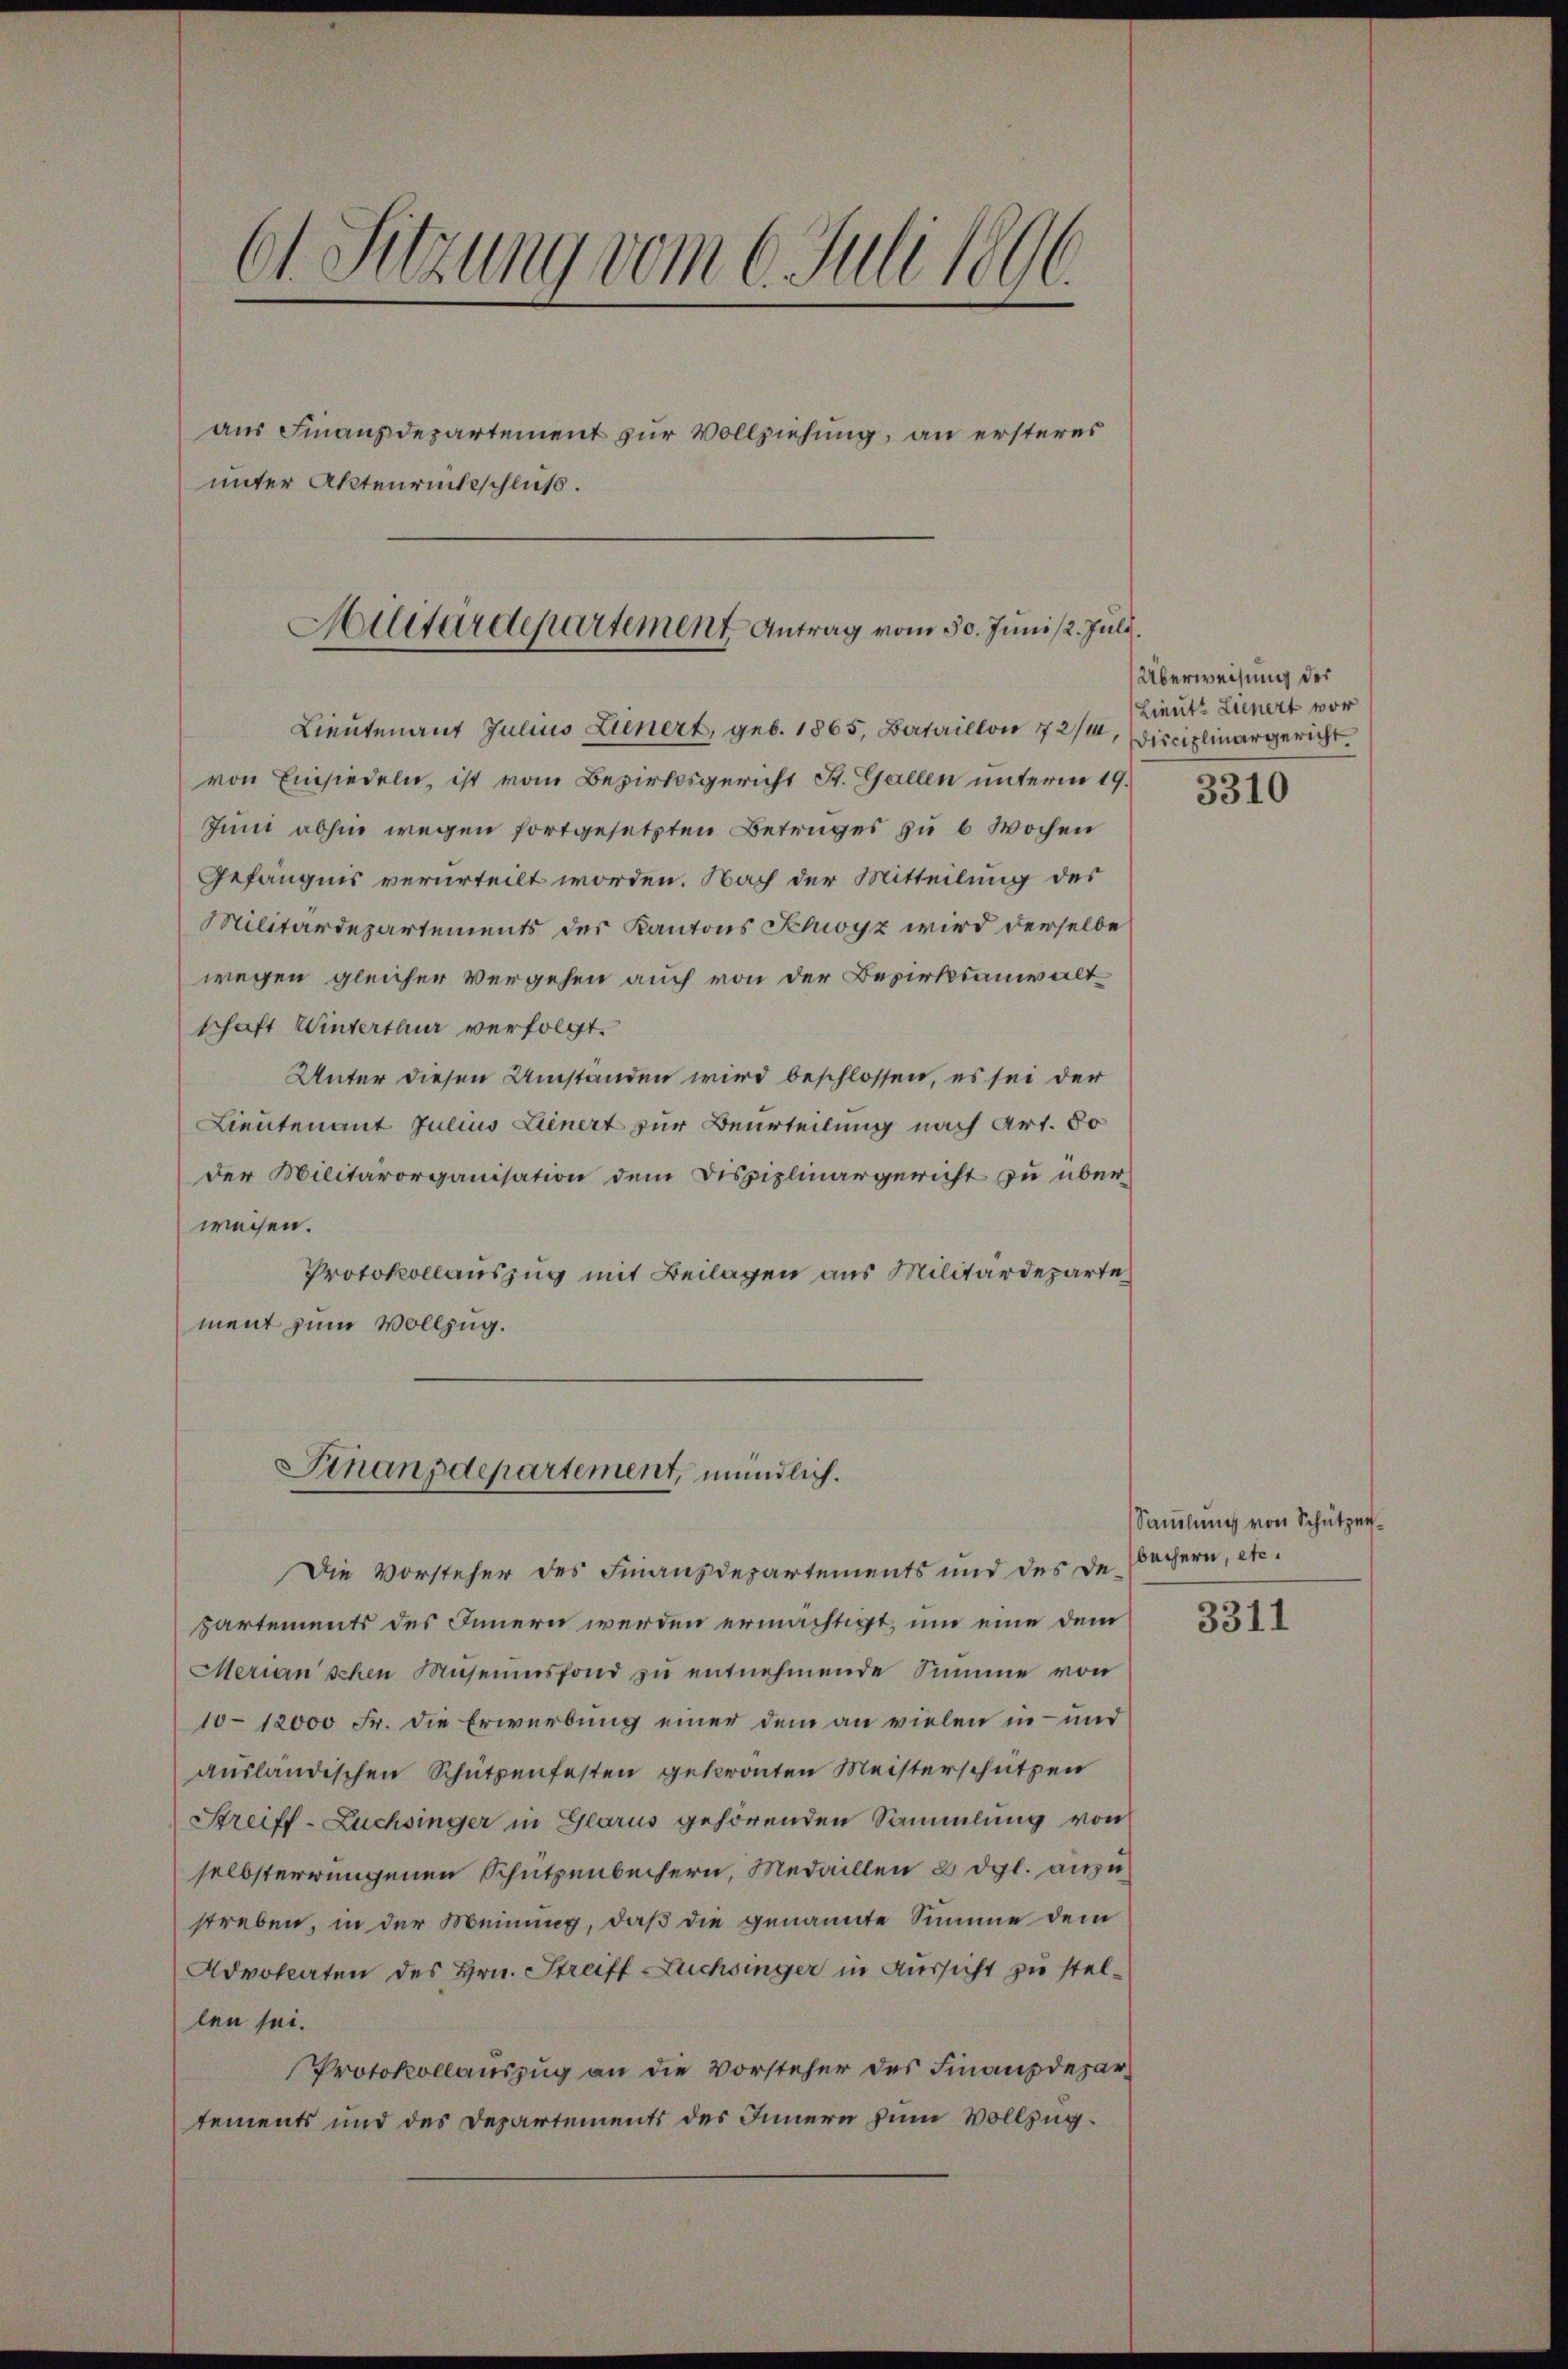
61. Sitzung vom 6. Juli 1890.
aus Finanzdepartement zur Vollziehung, an ersteres
unter Aktenrückschluß.

Militärdepartement Antrag vom 30. Juni /2. Juli.

Lieutenant Julius Lienert, geb. 1865, Bataillon 7 2/4, Disciplinargericht.
von Einsiedeln, ist vom Bezirksgericht St. Gallen unterm 19.
Juni abhin wegen fortgesetzten Betrages zu 6 Wochen
Gefängnis verurteilt worden. Nach der Mitteilung des
Militärdepartements der Kantons Schwyz wird derselbe
wegen gleicher Vergehen auch von der Bezirksanwaltschaft Winterthur verfolgt.
Unter diesen Umständen wird beschlossen, es sei der
Lieutenant Julius Lienert zur Beurteilung nach Art. 80
der Militärorganisation dem Dispiplinargericht zu überweisen.
Protokollauszug mit Beilagen aus Militärdeparte
ment zum Vollzug.
Sinanzdepartement, mündlich.
Die Vorsteher des Finanzdepartements und des de Sachern, etc.
partements des Innern werden ermächtigt, um eine dem
Merian schen Museumsfond zŭ entnehmende Summe von
10-12000 Fr. die Erwerbung einer dem an vielen in und
ausländischen Schützenfesten getronten Meisterschützen
Streiff-Züchsinger in Glarus gehörenden Sammlung von
selbsterrungenen Schützenbechern, Medaillen 8 dgl. anzustreben, in der Meinung, daß die genannte Summe dem
Advokaten des Hrn. Streiff Zuchsinger in Aussicht zu stellen sei.
Protokollauszug an die Vorsteher des Finanzdepartements und des Departements des Innern zum Vollzug.

Überweisung der
Lieute Lienert vor

3310

Samlung von Schützen¬

3311